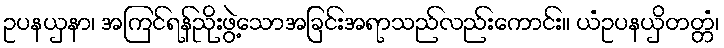
ဥပနယှနာ၊ အကြင်ရန်ညိုးဖွဲ့သောအခြင်းအရာသည်လည်းကောင်း။ ယံဥပနယှိတတ္တံ၊